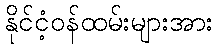
နိုင်ငံ့ဝန်ထမ်းများအား